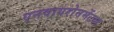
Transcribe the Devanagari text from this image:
एनवायरोनमेंटल